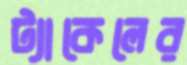
ট্যাকেলের